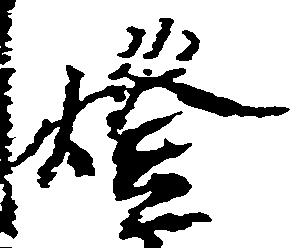
燈